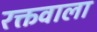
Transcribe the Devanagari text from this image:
रक्तवाला